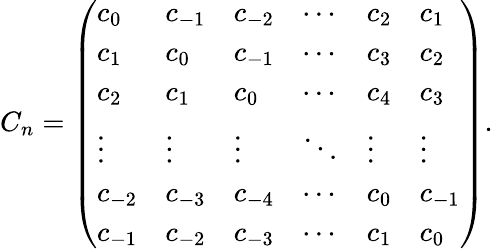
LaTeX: C_{n}=\left(\begin{array}{llllll}{c_{0}}&{c_{-1}}&{c_{-2}}&{\cdots}&{c_{2}}&{c_{1}}\\ {c_{1}}&{c_{0}}&{c_{-1}}&{\cdots}&{c_{3}}&{c_{2}}\\ {c_{2}}&{c_{1}}&{c_{0}}&{\cdots}&{c_{4}}&{c_{3}}\\ {\vdots}&{\vdots}&{\vdots}&{\ddots}&{\vdots}&{\vdots}\\ {c_{-2}}&{c_{-3}}&{c_{-4}}&{\cdots}&{c_{0}}&{c_{-1}}\\ {c_{-1}}&{c_{-2}}&{c_{-3}}&{\cdots}&{c_{1}}&{c_{0}}\end{array}\right).